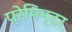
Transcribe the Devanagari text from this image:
प्रेमिन्दर